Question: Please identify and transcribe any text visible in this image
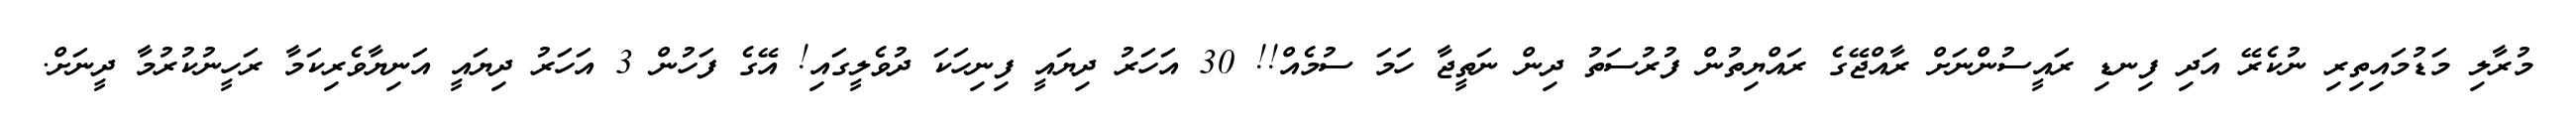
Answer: މުރާލި މަޑުމައިތިރި ނުކެރޭ އަދި ފިނޑި ރައީސުންނަށް ރާއްޖޭގެ ރައްޔިތުން ފުރުސަތު ދިން ނަތީޖާ ހަމަ ސުމެއް!! 30 އަހަރު ދިޔައީ ފިނިހަކަ ދުވެލީގައި! އޭގެ ފަހުން 3 އަހަރު ދިޔައީ އަނިޔާވެރިކަމާ ރަހީނުކުރުމާ ދީނަށް.